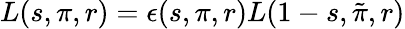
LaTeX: L(s,\pi,r)=\epsilon(s,\pi,r)L(1-s,{\tilde{\pi}},r)